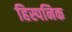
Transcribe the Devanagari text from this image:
हिस्पनिक